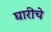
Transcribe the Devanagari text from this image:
घारीचे